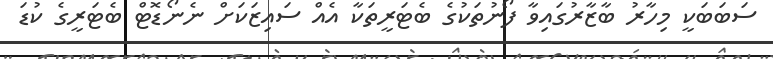
ސަބަބަކީ މިހާރު ބާޒާރުގައިވާ ފޯނުތަކުގެ ބެޓަރީތަކާ އެއް ސައިޒަކަށް ނެނޯޑޮޓް ބެޓަރީގެ ކުޑަ